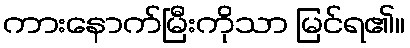
ကားနောက်မြီးကိုသာ မြင်ရ၏။